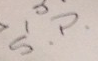
S.P